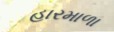
હારમાળા